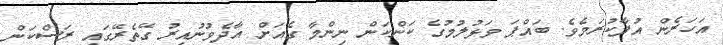
އަހަރެން އުފާކުރަމެވެ. ބައްޕަ ވަޅުލުމުގެ ކަންކަން ނިންމާ ގެއަށް އާދެވުނުއިރު ގޭތެރޭގައި ރަސްކަން